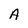
Character: A